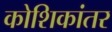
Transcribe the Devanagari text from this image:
कोशिकांतर